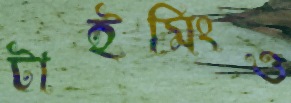
টাইমিংও